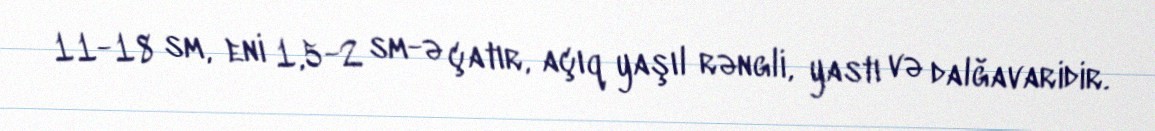
11-18 sm, eni 1,5-2 sm-ə çatır, açıq yaşıl rəngli, yastı və dalğavaridir.